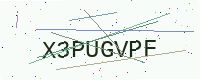
Text: X3PUGVPF